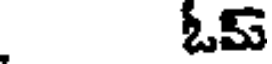
ఓమ్